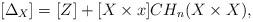
LaTeX: \begin{align*}[\Delta_X]=[Z] + [X\times x]CH_n(X\times X),\end{align*}